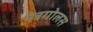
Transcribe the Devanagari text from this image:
नेत्रगोलस